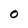
Character: O